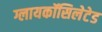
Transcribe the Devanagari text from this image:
ग्लायकॉसिलेटेड